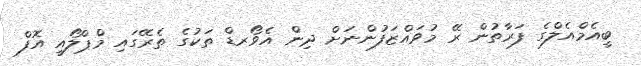
ބީއެމްއެލްގެ ފަރާތުން ރޭ މުވައްޒަފުންނަށް ދިން އެވޯރޑް ތަކުގެ ތެރޭގައި މްޕްލޯއީ އޮފް